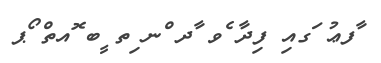
ާފޢު ަގއި ފިދާ ެވ ާދ ްނ ިތ ީބ ޮއތް ޯޕ